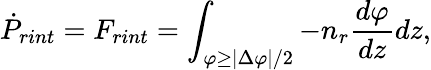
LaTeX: \dot{P}_{rint}=F_{rint}=\int_{\varphi\ge|\Delta\varphi|/2}-n_{r}{\frac{d\varphi}{dz}}dz,